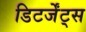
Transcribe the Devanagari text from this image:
डिटर्जेंट्स